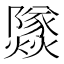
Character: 𰟹